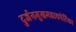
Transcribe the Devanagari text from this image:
दुर्जनमुखमहाचपेटिका